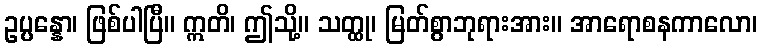
ဥပ္ပန္နော၊ ဖြစ်ပါပြီ။ ဣတိ၊ ဤသို့။ သတ္ထု၊ မြတ်စွာဘုရားအား။ အာရောစနကာလော၊